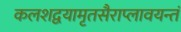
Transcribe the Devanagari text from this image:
कलशद्वयामृतसैराप्लावयन्तं